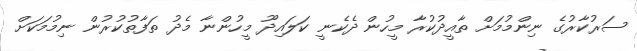
ސަރުކާރުގެ ނިންމުމަށް ތާއީދުކުރާ މީހުން ދެކެނީ ކަލައިދޫ މީހުންނާ މެދު ތަފާތުކުރުން ނިމުމަކަށް